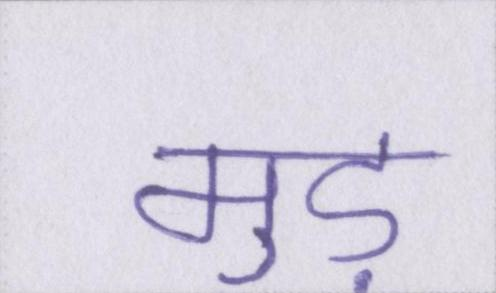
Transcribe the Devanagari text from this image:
मुड़